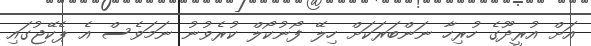
އަށް އުރީދޫގެ ހުރިހާ ނަންބަރަކަށް ހިލޭ ފޯނުކޯލް ކުރެވުނު ނަމަވެސް އެ ޕެކޭޖުގައި